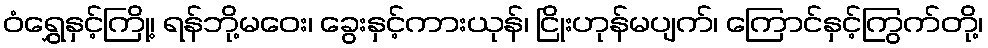
ဝံရွှေနှင့်ကြို့၊ ရန်ဘို့မဝေး၊ ခွေးနှင့်ကားယုန်၊ ငြိုးဟုန်မပျက်၊ ကြောင်နှင့်ကြွက်တို့၊